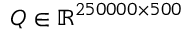
Q \in \mathbb { R } ^ { 2 5 0 0 0 0 \times 5 0 0 }